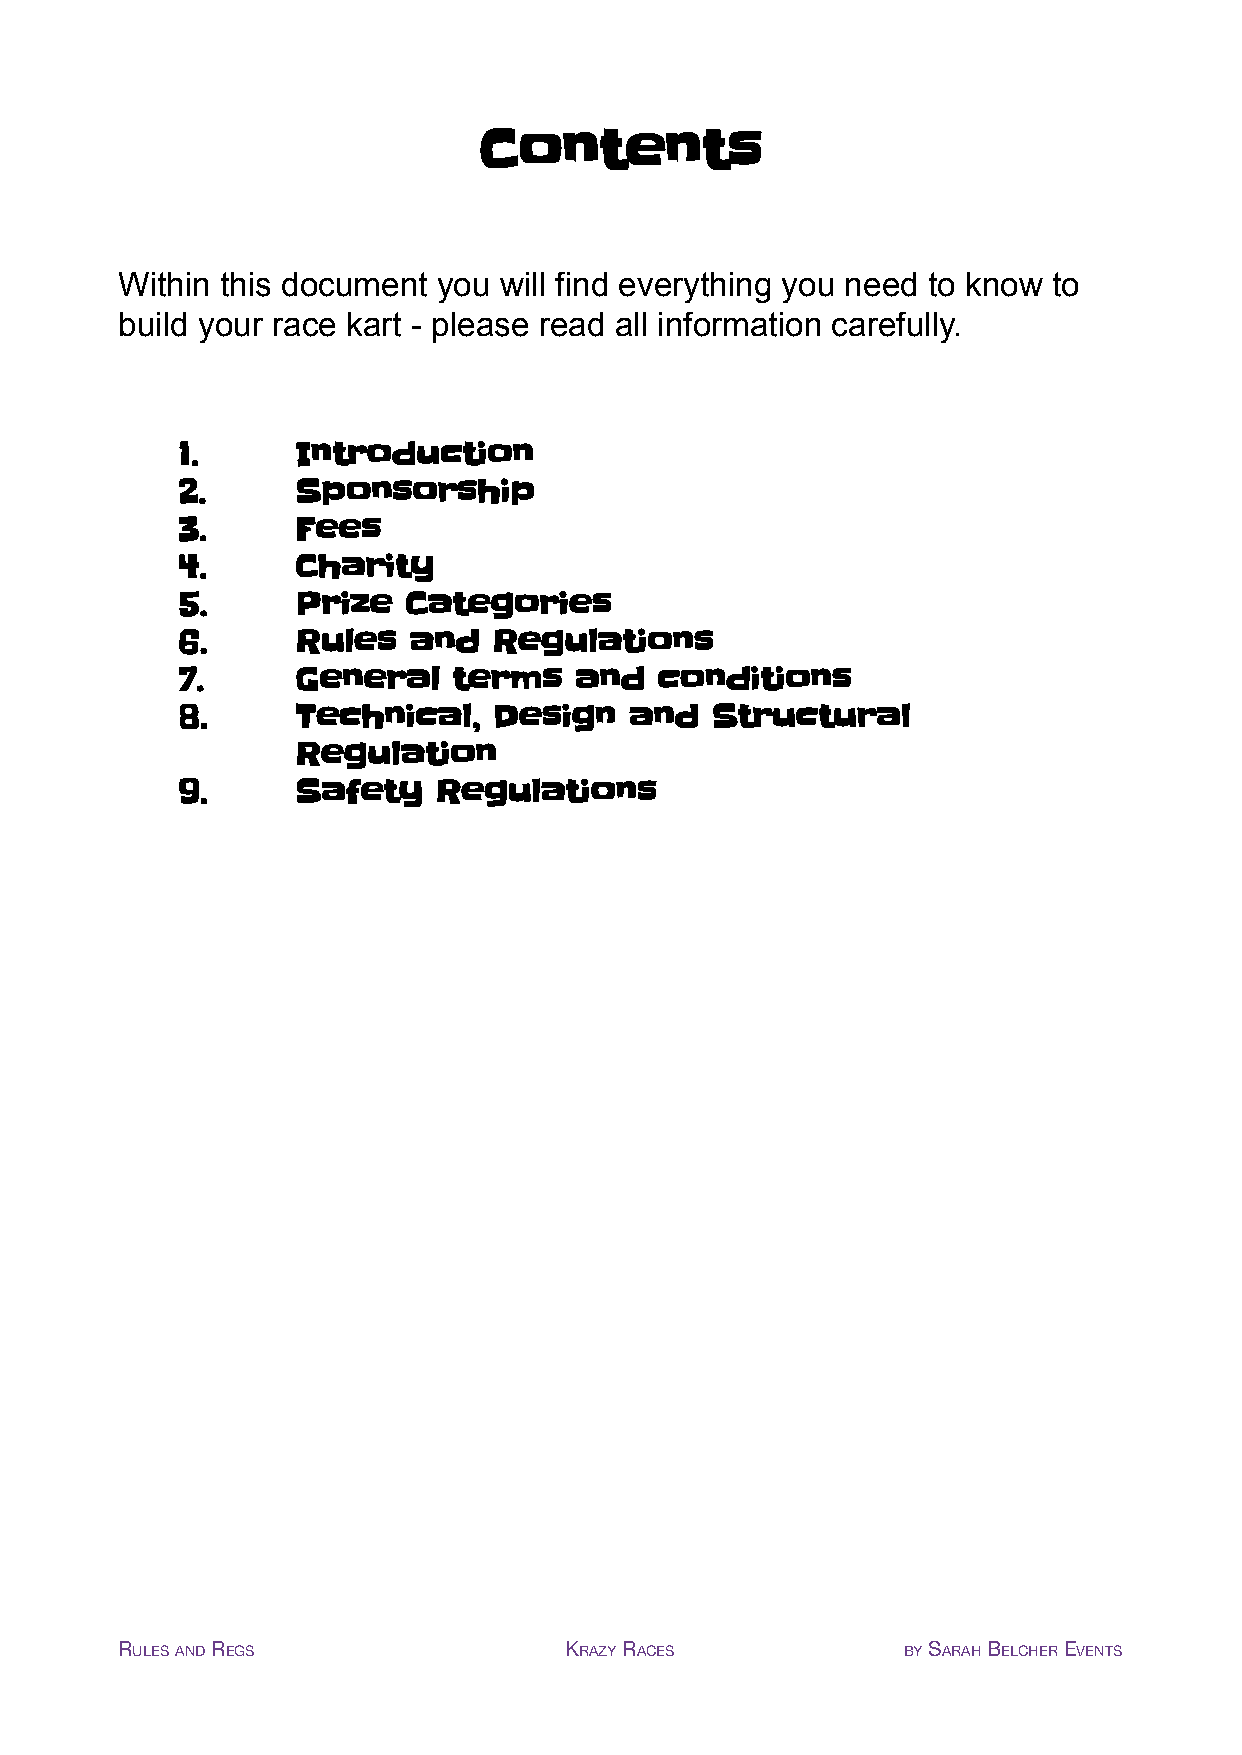
Contents
 Within this document you will find everything you need to know to
 build your race kart - please read all information carefully.
 1.      Introduction
 2.      Sponsorship
 3.      Fees
 4.      Charity
 5.      Prize  Categories
 6.      Rules  and   Regulations
 7.      General   terms   and  conditions
 8.      Technical,   Design   and  Structural
 Regulation
 9.      Safety   Regulations
 RULESANDREGS                 KRAZYRACES             BYSARAHBELCHEREVENTS